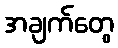
အချက်တွေ